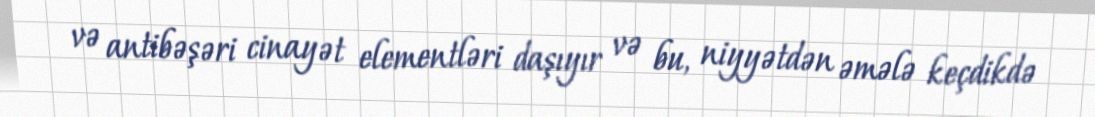
və antibəşəri cinayət elementləri daşıyır və bu, niyyətdən əmələ keçdikdə